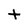
Character: t